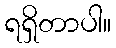
ရရှိတာပါ။